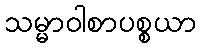
သမ္မာဝါစာပစ္စယာ